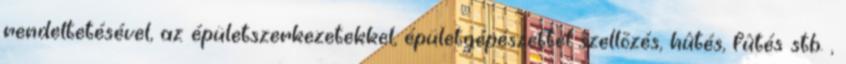
rendeltetésével, az épületszerkezetekkel, épületgépészettel szellõzés, hûtés, fûtés stb. ,